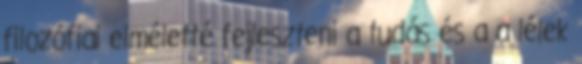
filozófiai elméletté fejleszteni a tudás és a a lélek